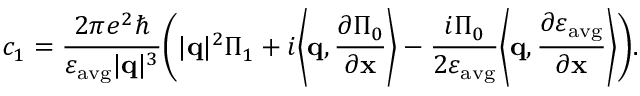
c _ { 1 } = \frac { 2 \pi e ^ { 2 } \hbar } { \varepsilon _ { \mathrm { a v g } } | \mathbf { q } | ^ { 3 } } \bigg ( | \mathbf { q } | ^ { 2 } \Pi _ { 1 } + i \bigg \langle \mathbf { q } , \frac { \partial \Pi _ { 0 } } { \partial \mathbf { x } } \bigg \rangle - \frac { i \Pi _ { 0 } } { 2 \varepsilon _ { \mathrm { a v g } } } \bigg \langle \mathbf { q } , \frac { \partial \varepsilon _ { \mathrm { a v g } } } { \partial \mathbf { x } } \bigg \rangle \bigg ) .